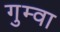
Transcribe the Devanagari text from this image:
गुम्वा